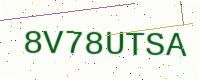
Text: 8V78UTSA